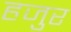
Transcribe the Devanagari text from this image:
हजुर